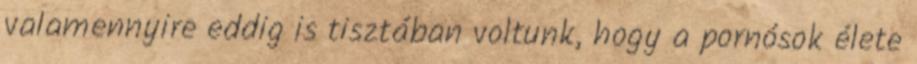
valamennyire eddig is tisztában voltunk, hogy a pornósok élete